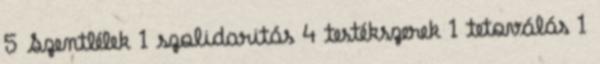
5 Szentlélek 1 szolidaritás 4 testékszerek 1 tetoválás 1